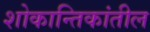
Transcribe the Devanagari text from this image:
शोकान्तिकांतील